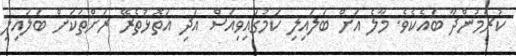
ކުރަމުންދާ ބައެކެވެ. މާލެ އަށް ބަލައިލި ކަމުގައިވިއަސް އަދި އަތޮޅުތެރޭ ރަށްތަކަށް ބަލައިލި